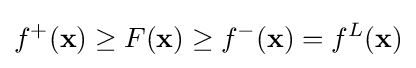
f^{+}(\mathbf {x} )\geq F(\mathbf {x} )\geq f^{-}(\mathbf {x} )=f^{L}(\mathbf {x} )